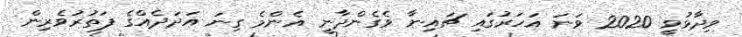
ވިދާޅުވީ 2020 ވަނަ އަހަރުގައި ޗައިނާ ވެގެންދާނީ އެންމެ ގިނަ އަދަދެއްގެ ފަތުރުވެރިން